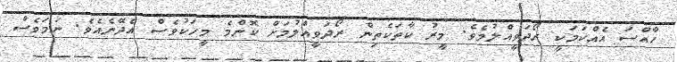
ހާއްސަ އެއްކަމަކީ ރޯދަވީއްލުމެވެ. މީރު ކާތަކެތިން ރޯދަވީއްލުމަށް ކޮންމެ މީހަކުވެސް އެދޭނެއެވެ. ނަމަވެސް